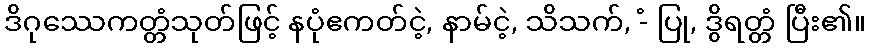
ဒိဂုဿေကတ္တံသုတ်ဖြင့် နပုံဧကတ်ငဲ့, နာမ်ငဲ့, သိသက်, -ံ ပြု, ဒွိရတ္တံ ပြီး၏။